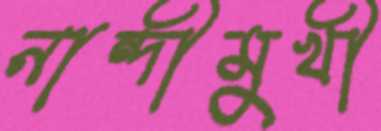
নান্দীমুখী